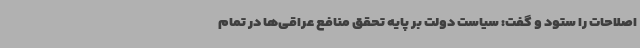
اصلاحات را ستود و گفت: سیاست دولت بر پایه تحقق منافع عراقی‌ها در تمام